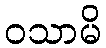
ဝသာမိ